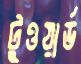
টুওয়ার্ড